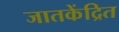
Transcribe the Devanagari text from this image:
जातकेंद्रित